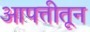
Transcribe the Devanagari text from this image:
आपत्तीतून